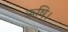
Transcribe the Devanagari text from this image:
ऋषि।